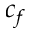
c _ { f }